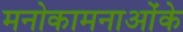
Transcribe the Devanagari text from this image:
मनोकामनाओंके